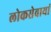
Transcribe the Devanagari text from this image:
लोकसेवायां